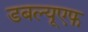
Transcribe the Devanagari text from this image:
डबल्यूएफ